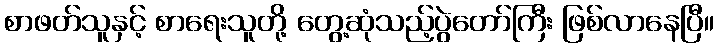
စာဖတ်သူနှင့် စာရေးသူတို့ တွေ့ဆုံသည့်ပွဲတော်ကြီး ဖြစ်လာနေပြီ။